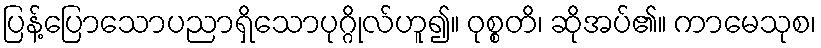
ပြန့်ပြောသောပညာရှိသောပုဂ္ဂိုလ်ဟူ၍။ ဝုစ္စတိ၊ ဆိုအပ်၏။ ကာမေသုစ၊